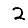
Digit: 2